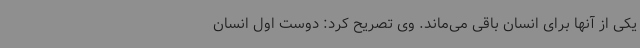
یکی از آنها برای انسان باقی می‌ماند. وی تصریح کرد: دوست اول انسان